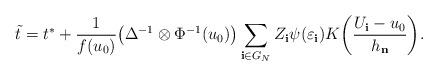
LaTeX: \begin{align*}\tilde{t}=t^{\ast}+\frac{1}{f(u_{0})}\bigl(\Delta^{-1}\otimes\Phi^{-1}(u_{0})\bigr)\sum_{\mathbf{i}\in G_{N}}Z_{\mathbf{i}}\psi(\varepsilon_{\mathbf{i}})K\biggl(\frac{U_{\mathbf{i}}-u_{0}}{h_{\mathbf{n}}}\biggr).\end{align*}